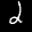
Digit: 2